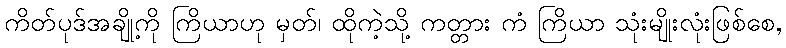
ကိတ်ပုဒ်အချို့ကို ကြိယာဟု မှတ်၊ ထိုကဲ့သို့ ကတ္တား ကံ ကြိယာ သုံးမျိုးလုံးဖြစ်စေ,